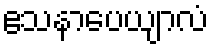
ဧသနာပေယျာလံ